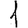
Digit: 1